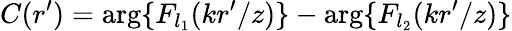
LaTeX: C(r^{\prime})=\arg\{ F_{l_{1}}(kr^{\prime}/z)\} -\arg\{ F_{l_{2}}(kr^{\prime}/z)\}